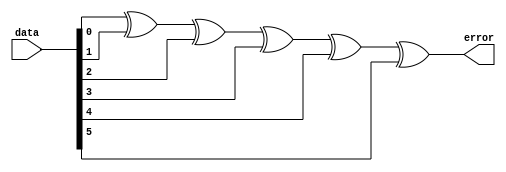
`timescale 1ns / 1ps
`default_nettype none
/*
**********************************************************
** Logic Design Final Project Fall, 2019 Semester
** Amirkabir University of Technology (Tehran Polytechnic)
** Department of Computer Engineering (CEIT-AUT)
** Logic Circuit Design Laboratory
** https://ceit.aut.ac.ir
**********************************************************
** Student ID: 9731078 (Negin HajiSobhani)
** Student ID: 9731096 (Amirhossein Alibakhshi)
**********************************************************
** Module Name: ParityErrorChecker
**********************************************************
** Additional Comments:
    ___________________________________________
    |     |     |     |     |     |     |     |
    |E.PAR|  5  |  4  |  3  |  2  |  1  |  0  |
    |_____|_____|_____|_____|_____|_____|_____|
          \________________DATA_______________/
			 
			 
	for the parity bit:
		1 -> odd
		0 -> even
	-------------------------------
	for the ParityErrorChecker:
		1 or 3 or 5 "1"bits -> 1
		0 or 2 "1"bits -> 0
	-------------------------------	
	if parity bit  =  ParityErrorChecker -> ParityErrorChecker = 0
	   parity bit !=  ParityErrorChecker -> ParityErrorChecker = 1
		
*/

module ParityErrorChecker(
        data,
        error);
input [5:0] data;
output error;
	wire isPressureDataOdd;
	xor g1(isPressureDataOdd, data[0], data[1], data[2], data[3], data[4]);
	xor result(error, isPressureDataOdd, data[5]);
	
endmodule